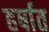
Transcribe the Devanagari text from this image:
हर्षात